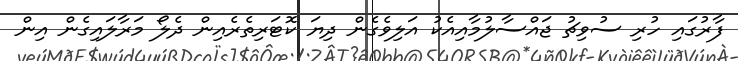
ފާރުގައި ހުރި ސުވިޗު ޖައްސާލުމާއިއެކު އަލިވެގެން ދިޔަ ކޮޓަރިތެރެއިން ދެލޯ މަރާލައިގެން އިން